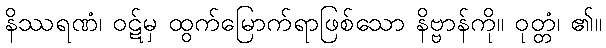
နိဿရဏံ၊ ဝဋ်မှ ထွက်မြောက်ရာဖြစ်သော နိဗ္ဗာန်ကို။ ဝုတ္တံ၊ ၏။